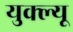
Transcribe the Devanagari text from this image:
युक्ल्यू